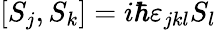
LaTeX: \left[S_{j},S_{k}\right]=i\hbar\varepsilon_{jkl}S_{l}